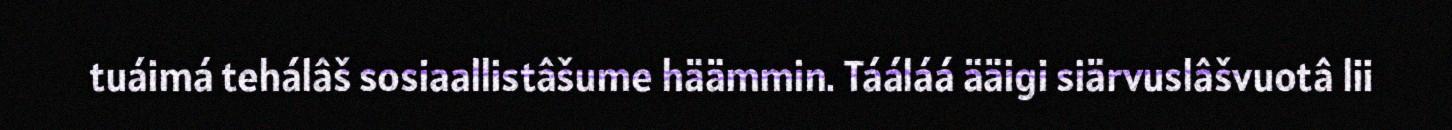
tuáimá tehálâš sosiaallistâšume häämmin. Tááláá ääigi siärvuslâšvuotâ lii